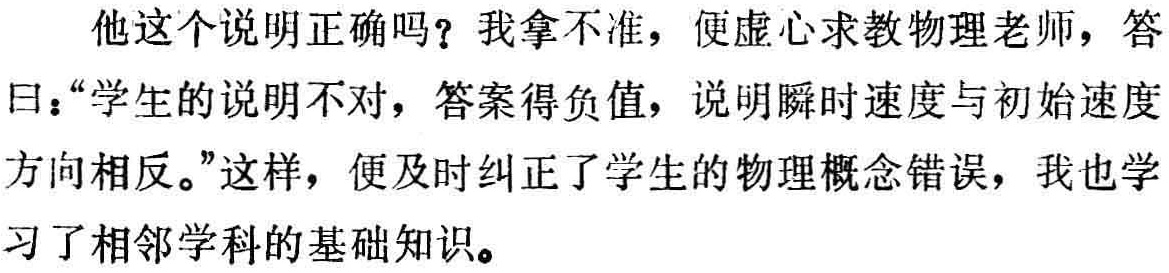
他这个说明正确吗？我拿不准，便虚心求教物理老师，答曰：“学生的说明不对，答案得负值，说明瞬时速度与初始速度方向相反。”这样，便及时纠正了学生的物理概念错误，我也学习了相邻学科的基础知识。